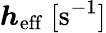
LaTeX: \boldsymbol{h}_{\mathrm{eff}}\ [\mathrm{s}^{-1}]